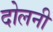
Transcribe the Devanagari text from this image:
दोलनी